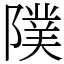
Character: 䧤